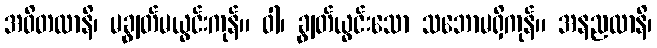
အဝိတထာနိ၊ မချွတ်မယွင်းကုန်။ ဝါ၊ ချွတ်ယွင်းသော သဘောမရှိကုန်။ အနညထာနိ၊